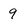
Character: 9